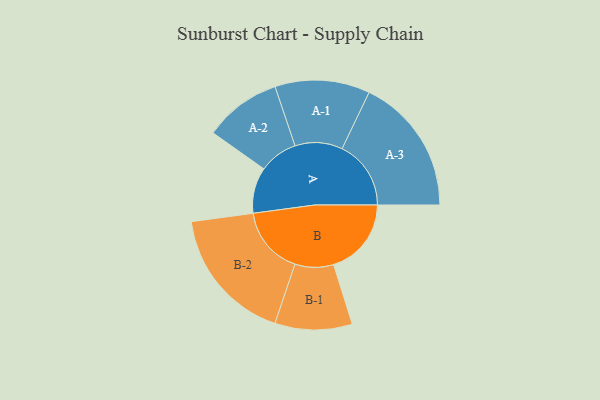
{"axis": {"x": "Segment", "y": "Value"}, "legend": ["", "A", "B"], "data": [{"x": "A", "y": 182, "type": ""}, {"x": "B", "y": 308, "type": ""}, {"x": "A-1", "y": 188, "type": "A"}, {"x": "A-2", "y": 153, "type": "A"}, {"x": "A-3", "y": 273, "type": "A"}, {"x": "B-1", "y": 153, "type": "B"}, {"x": "B-2", "y": 270, "type": "B"}]}